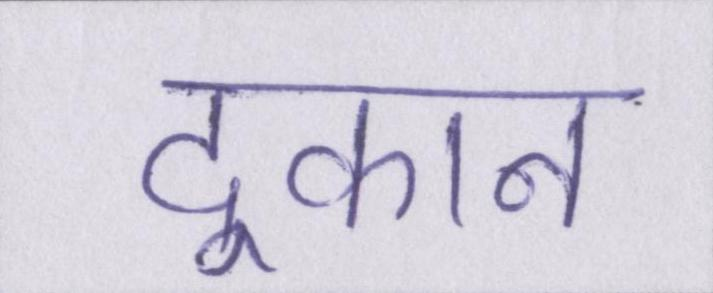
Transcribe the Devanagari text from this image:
दूकान